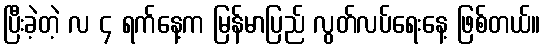
ပြီးခဲ့တဲ့ လ ၄ ရက်နေ့က မြန်မာပြည် လွတ်လပ်ရေးနေ့ ဖြစ်တယ်။